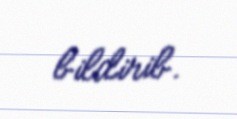
bildirib.